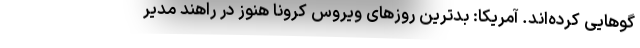
گوهایی کرده‌اند. آمریکا: بدترین روزهای ویروس کرونا هنوز در راهند مدیر